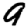
Digit: 9